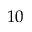
1 0